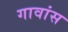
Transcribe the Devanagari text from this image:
गावांस